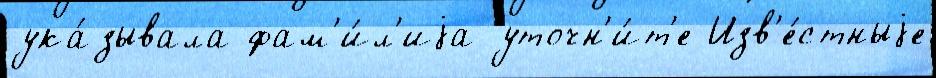
ука́зывала фам'и́л'иjа уточн'и́т'е Изв'е́стныjе